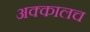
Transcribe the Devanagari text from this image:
अक्कालच